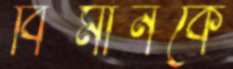
বিমানকে